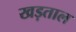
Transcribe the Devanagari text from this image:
खड़ताल